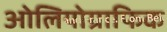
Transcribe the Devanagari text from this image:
ओलियोग्राफिक